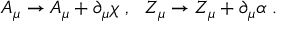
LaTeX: A _ { \mu } \to A _ { \mu } + \partial _ { \mu } \chi ~ , ~ ~ Z _ { \mu } \to Z _ { \mu } + \partial _ { \mu } \alpha ~ .